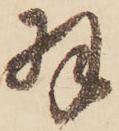
羽